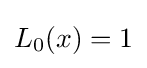
L_{0}(x)=1